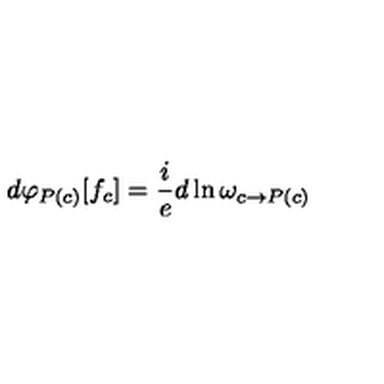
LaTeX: d \varphi _ { P ( c ) } [ f _ { c } ] = \frac { i } { e } d \ln \omega _ { c \rightarrow P ( c ) }